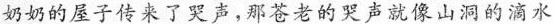
奶奶的屋子传来了哭声，那苍老的哭声就像山洞的滴水